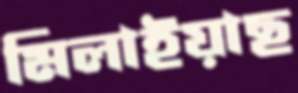
মিলাইয়াছ